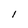
Character: 1